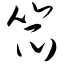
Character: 笊